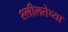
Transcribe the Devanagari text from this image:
श्लीलतेच्या